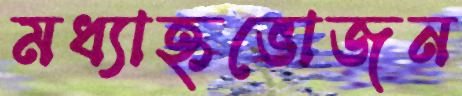
মধ্যাহ্নভোজন